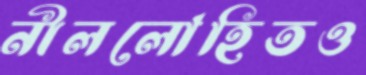
নীললোহিতও